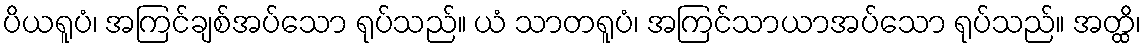
ပိယရူပံ၊ အကြင်ချစ်အပ်သော ရုပ်သည်။ ယံ သာတရူပံ၊ အကြင်သာယာအပ်သော ရုပ်သည်။ အတ္ထိ၊